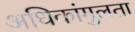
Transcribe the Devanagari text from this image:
अधिकांगुलता